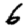
Digit: 6